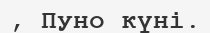
, Пуно күні.